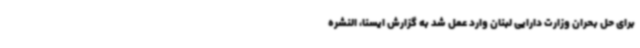
برای حل بحران وزارت دارایی لبنان وارد عمل شد به گزارش ایسنا، النشره